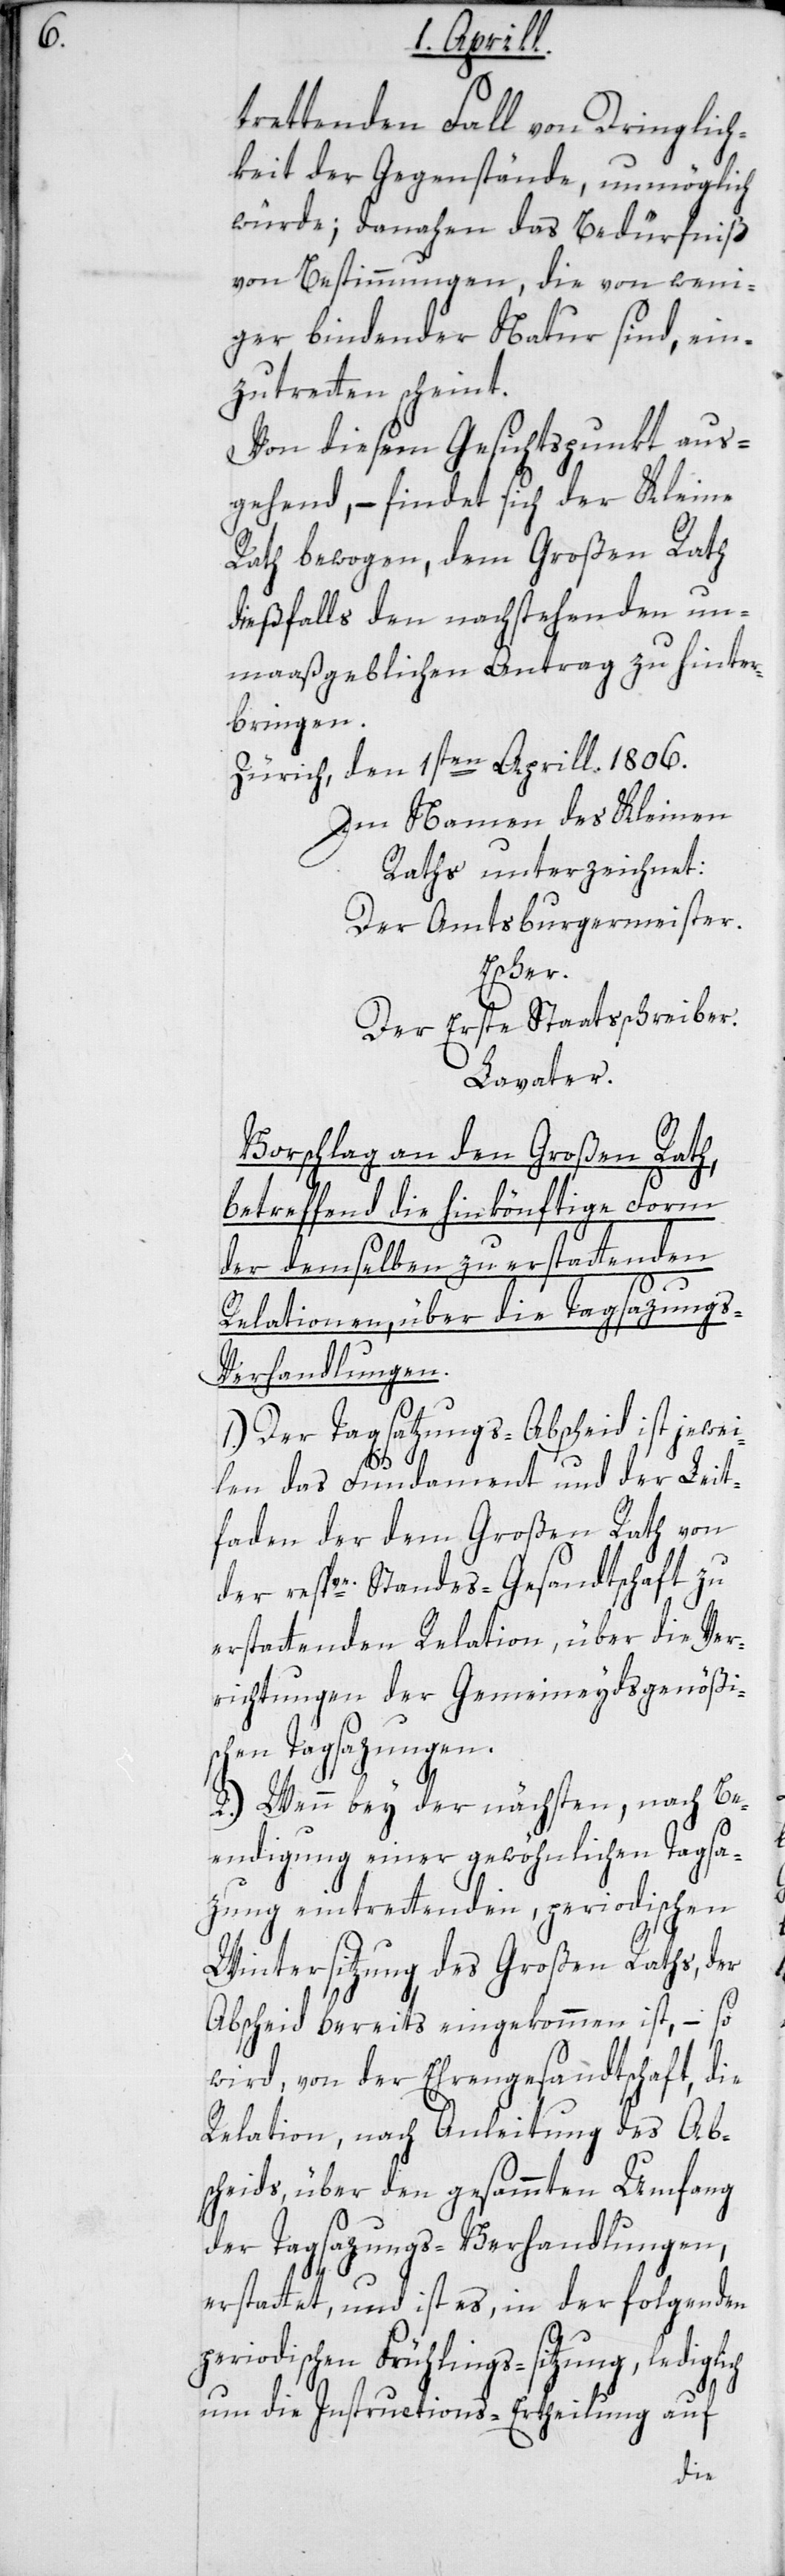
ch

trettenden Fall von Dringlich¬
keit der Gegenstände, unmöglich
würde; danahen das Bedürfniß
von Bestimmungen, die von weni¬
ger bindender Natur sind, ein¬
zutreten scheint.
Von diesem Gesichtspunkt aus¬
gehend, – findet sich der Kleine
Rath bewogen, dem Großen Rath
dießfalls den nachstehenden un¬
maaßgeblichen Antrag zu hinter¬
bringen.
Zürich, den 1sten Aprill. 1806.
Im Namen des Kleinen
Raths unterzeichnet:
Der Amtsburgermeister
Der Erste Staatsschreiber
Lavater.
Vorschlag an den Großen Rath,
betreffend die hinkönftige Form
der demselben zu erstattenden
Relationen, über die Tagsazung¬
s-Verhandlungen.
1.) Der Tagsatzungs-Abscheid ist jewei¬
len das Fundament und der Leit¬
faden der dem Großen Rath von
der respve. Standes-Gesandtschaft zu
erstatenden Relation, über die Ver¬
richtungen der Gemeineydsgenößi¬
schen Tagsazungen.
2.) Wenn bey der nächsten, nach Be¬
endigung einer gewöhnlichen Tagsa¬
zung eintretenden periodischen
Wintersitzung des Großen Raths, der
Abscheid bereits eingekommen ist, – so
wird, von der Ehrengesandtschaft, die
Relation, nach Anleitung des Ab¬
scheids, über den gesamten Umfang
der Tagsazungs-Verhandlungen,
erstatet, und ist es, in der folgenden
periodischen Frühlings-sitzung, ledigli¬
um die Instructions-Ertheilung auf